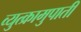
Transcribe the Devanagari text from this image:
व्युत्क्रामुपाती